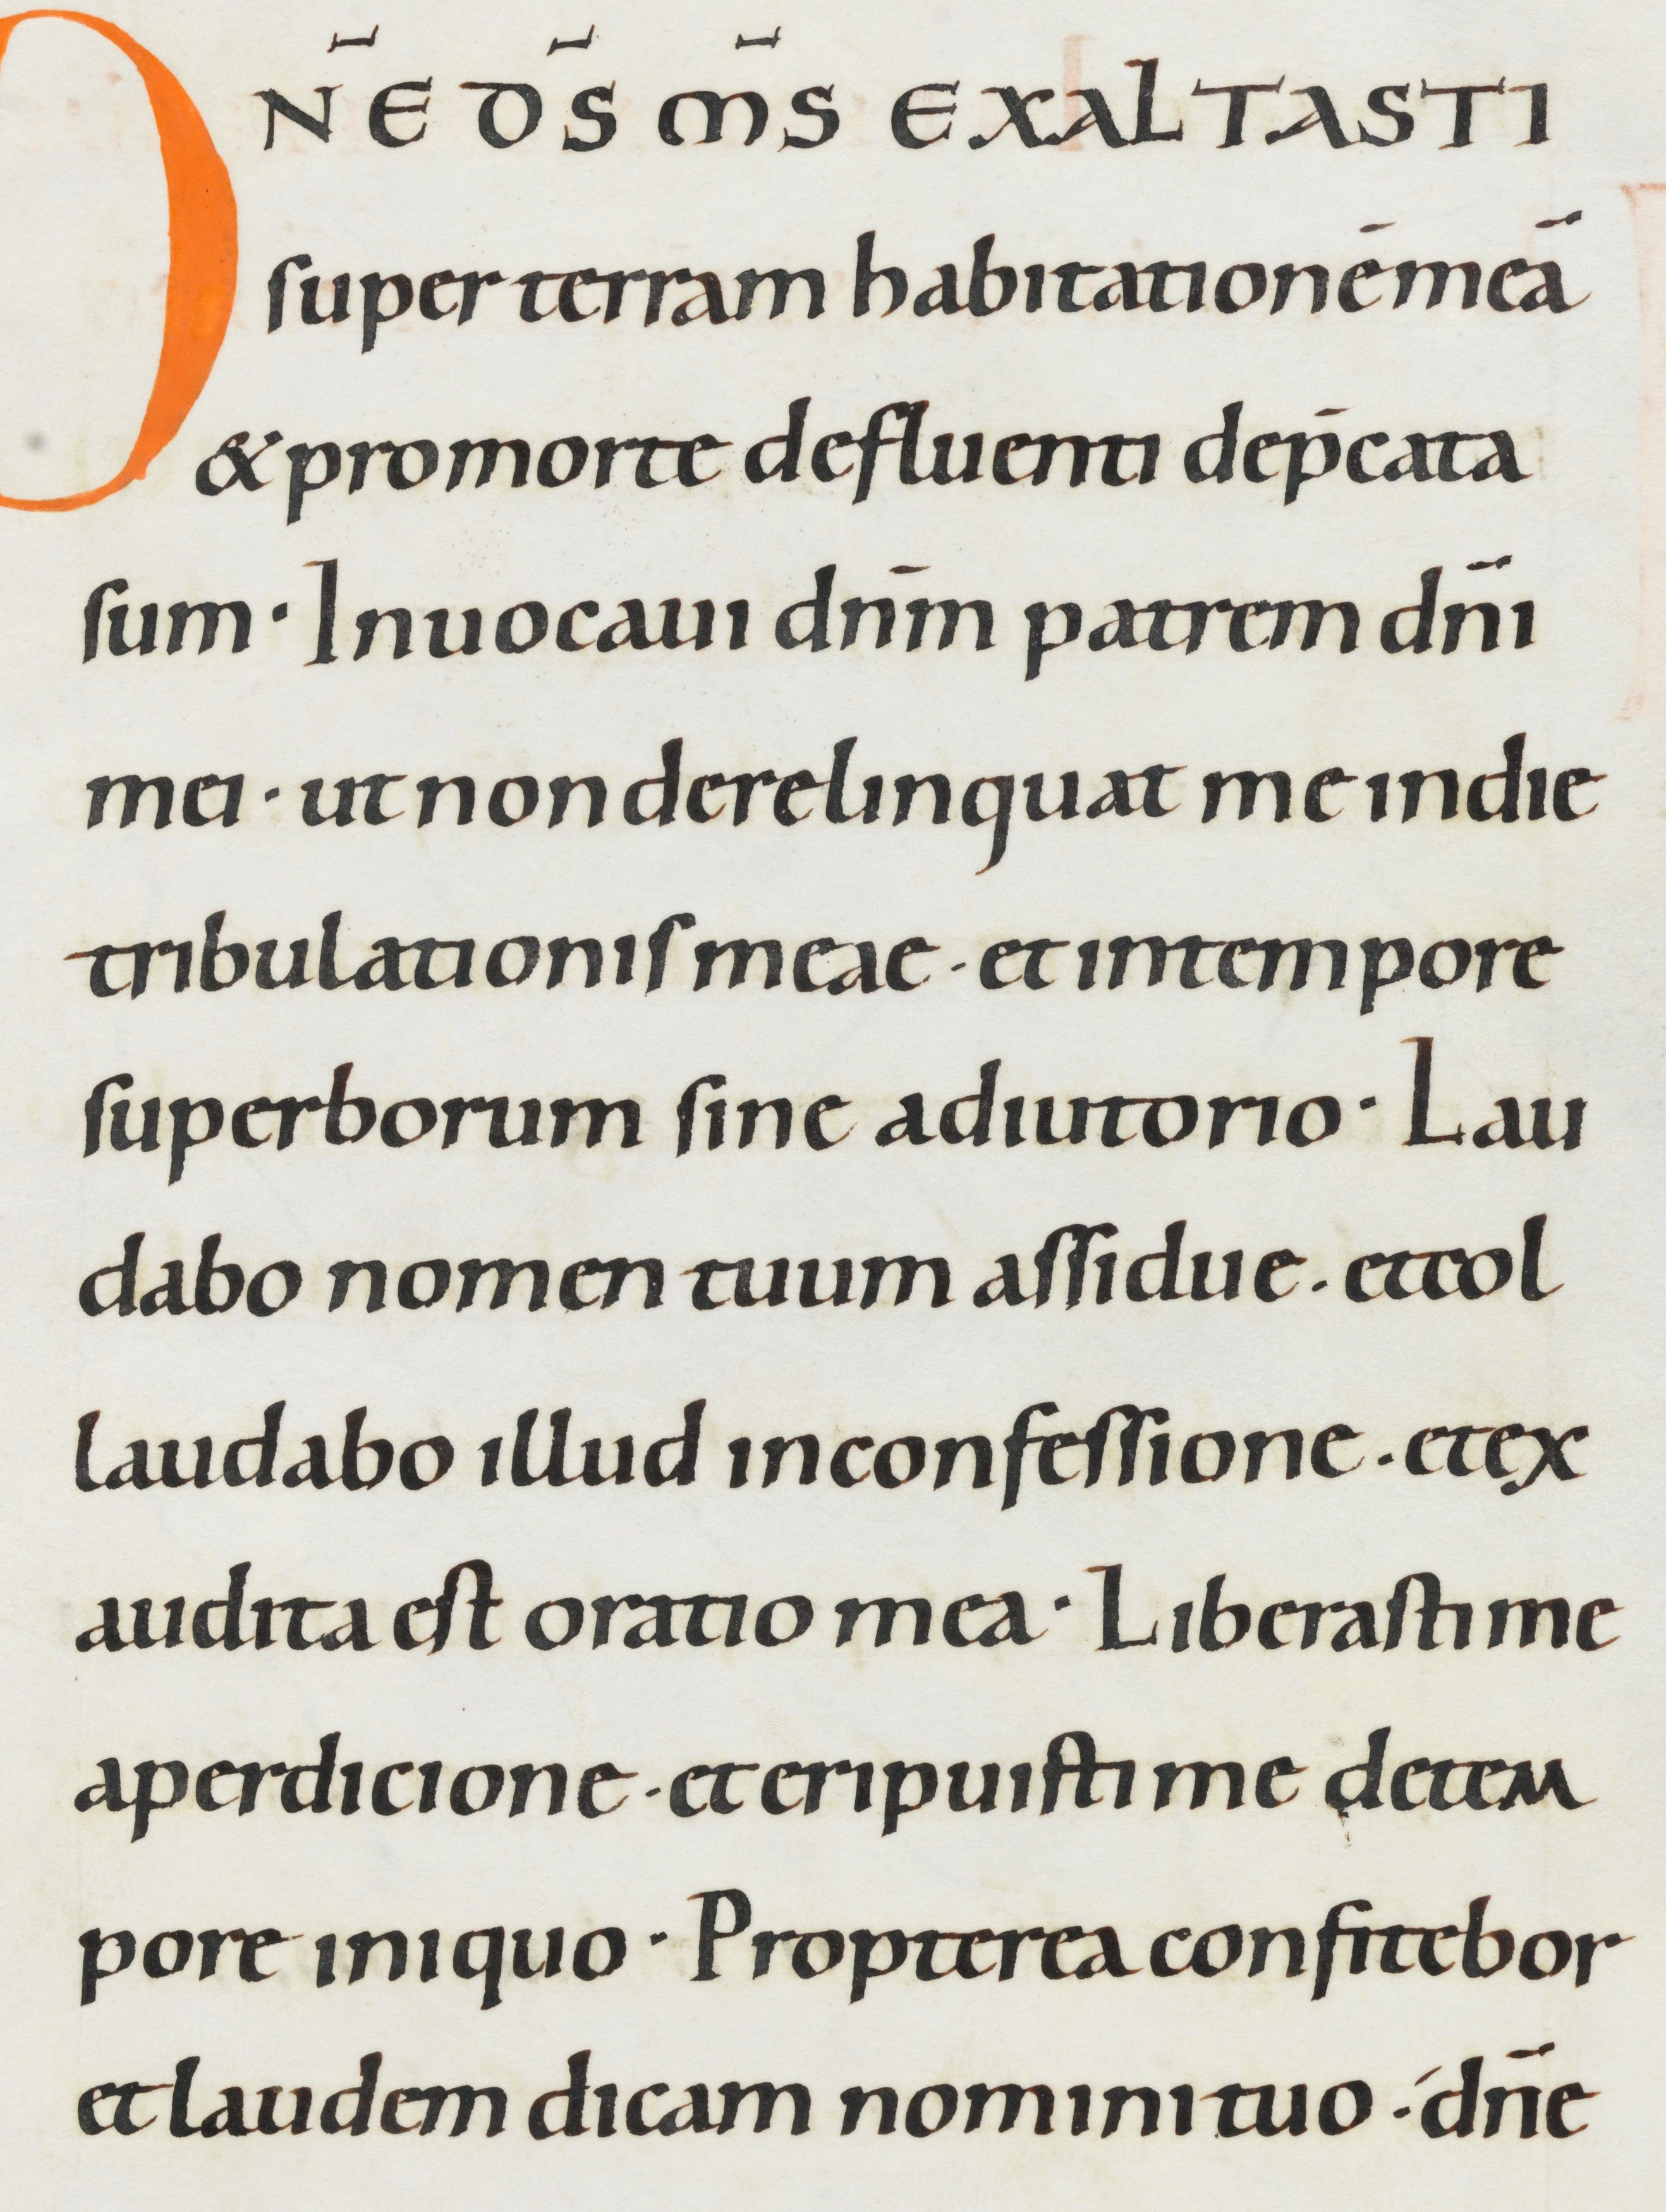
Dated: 1000–1049